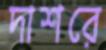
দাশরে